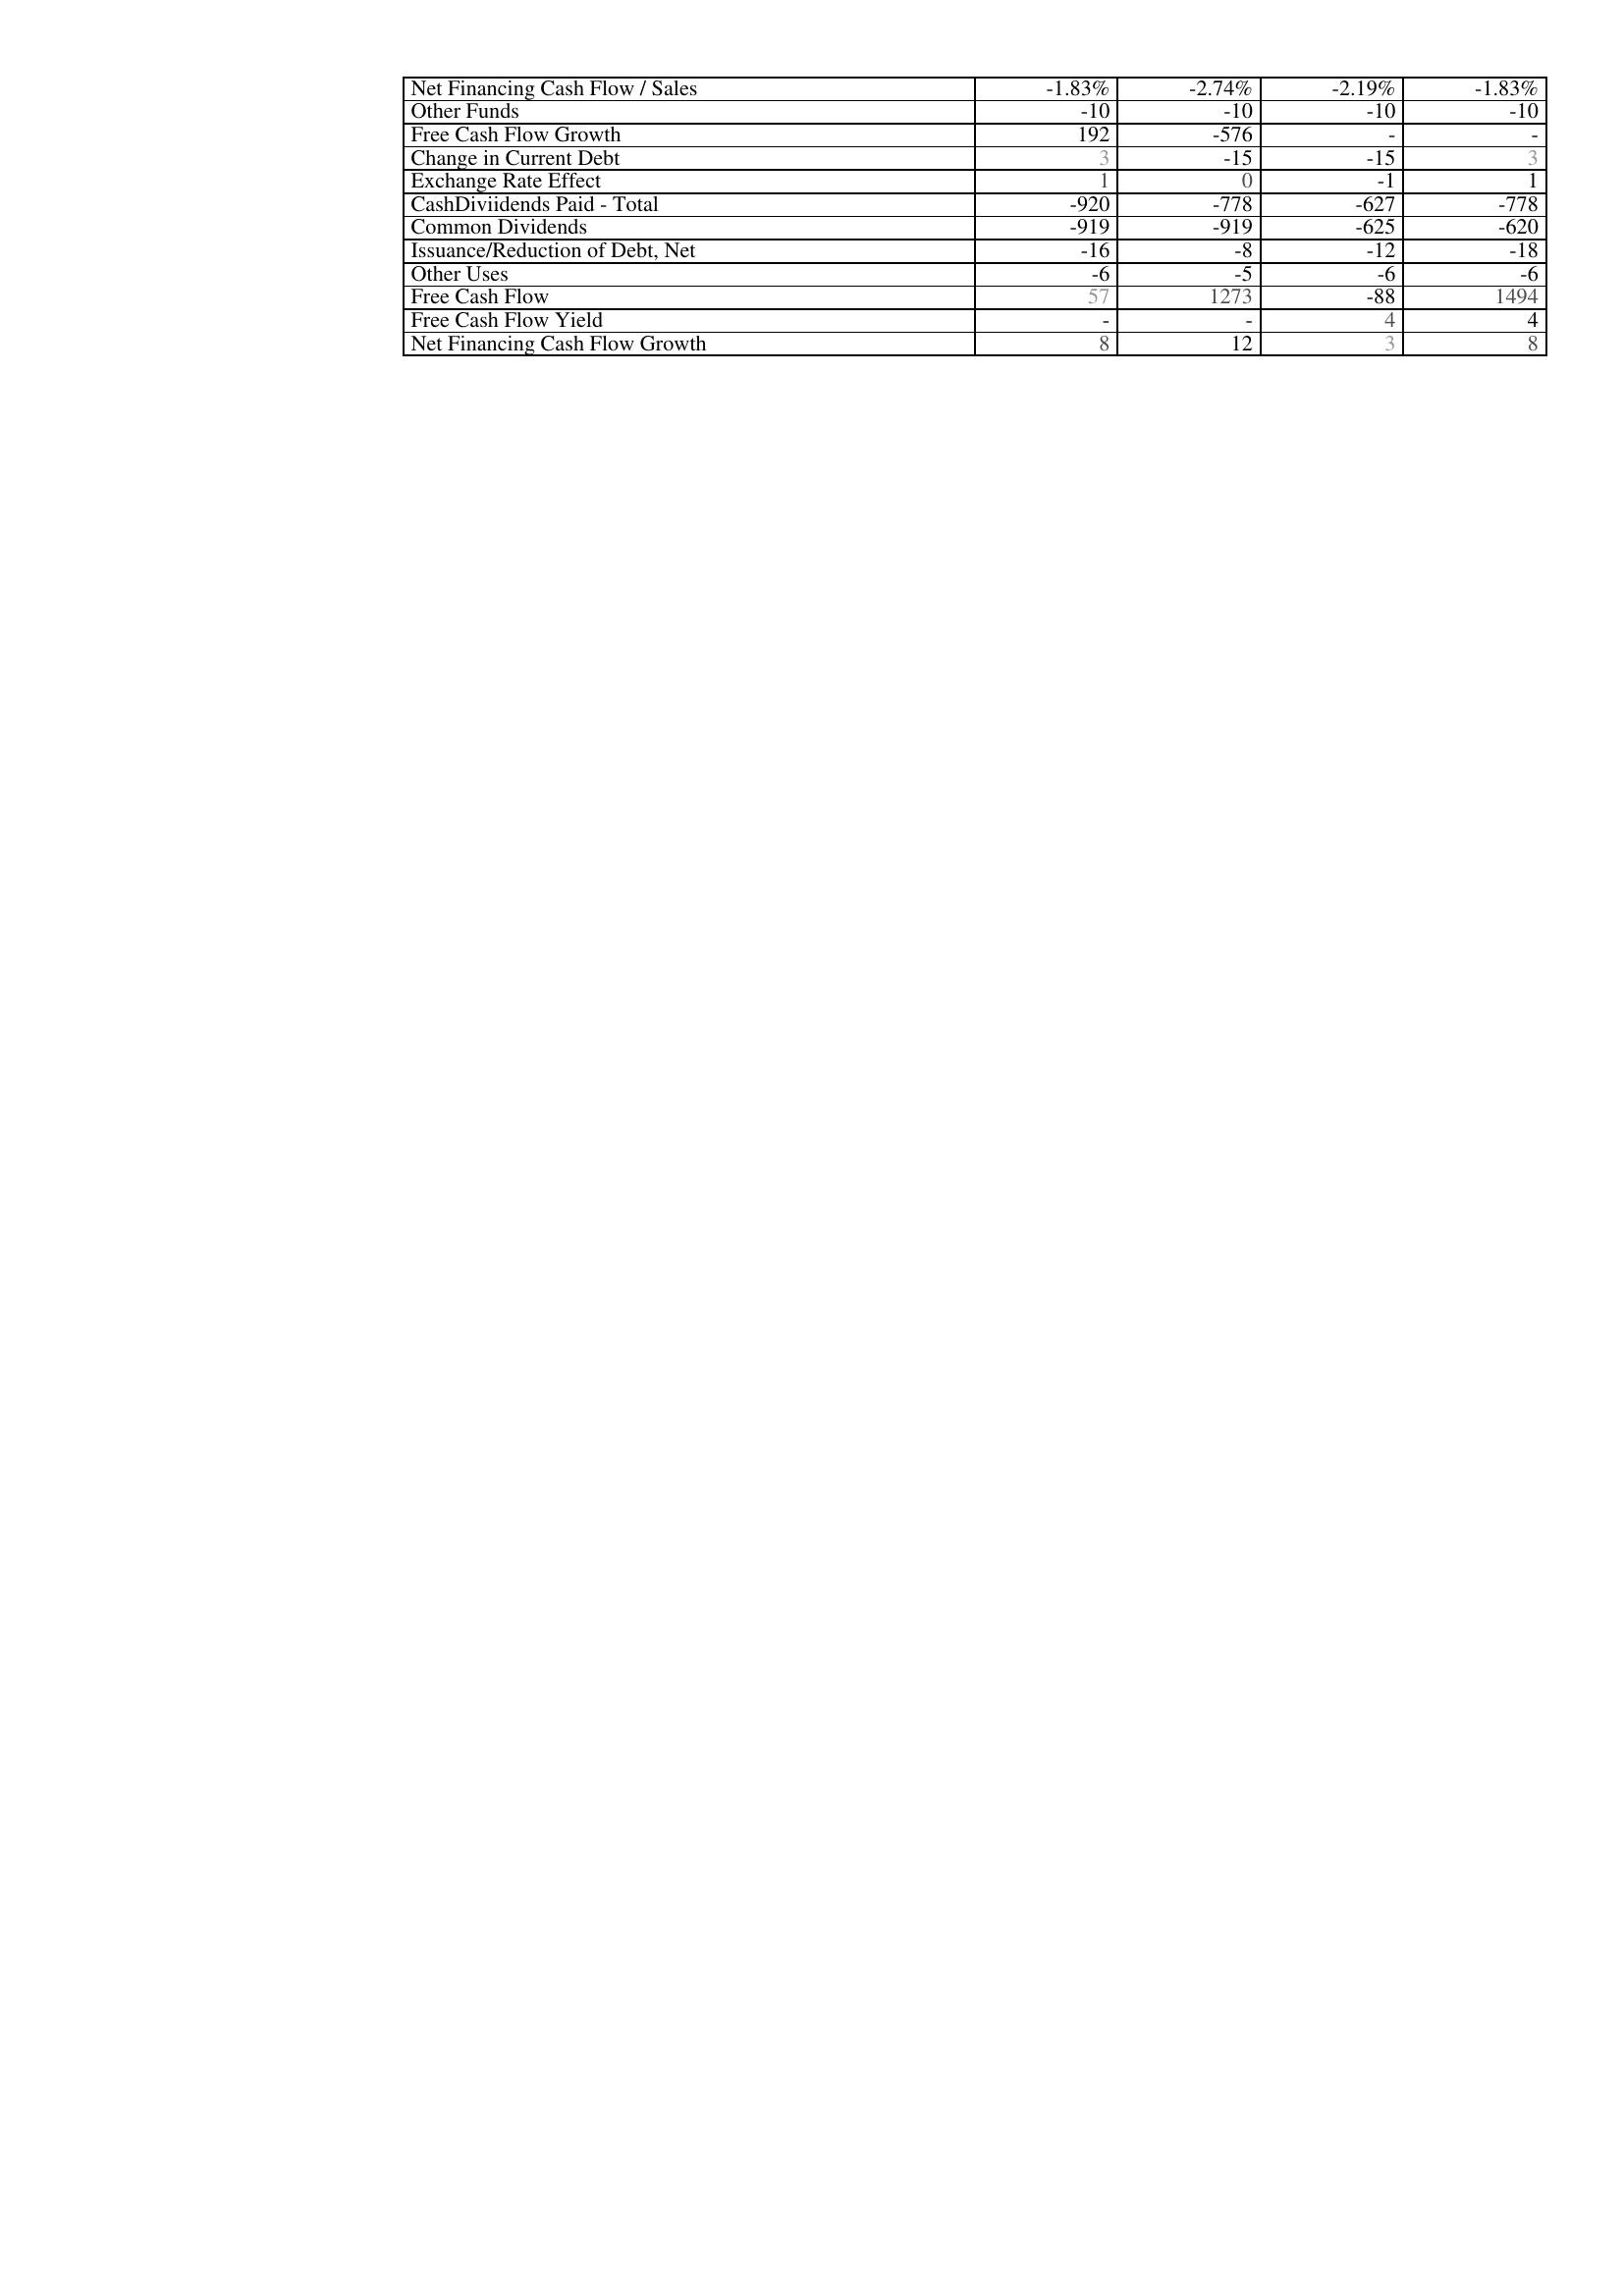
2008: Financing Activities: Net Financing Cash Flow / Sales: -1.83%
Other Funds: -10
Free Cash Flow Growth: 192
Change in Current Debt: 3
Exchange Rate Effect: 1
CashDiviidends Paid - Total: -920
Common Dividends: -919
Issuance/Reduction of Debt, Net: -16
Other Uses: -6
Free Cash Flow: 57
Free Cash Flow Yield: -
Net Financing Cash Flow Growth: 8
2009: Financing Activities: Net Financing Cash Flow / Sales: -2.74%
Other Funds: -10
Free Cash Flow Growth: -576
Change in Current Debt: -15
Exchange Rate Effect: 0
CashDiviidends Paid - Total: -778
Common Dividends: -919
Issuance/Reduction of Debt, Net: -8
Other Uses: -5
Free Cash Flow: 1273
Free Cash Flow Yield: -
Net Financing Cash Flow Growth: 12
2010: Financing Activities: Net Financing Cash Flow / Sales: -2.19%
Other Funds: -10
Free Cash Flow Growth: -
Change in Current Debt: -15
Exchange Rate Effect: -1
CashDiviidends Paid - Total: -627
Common Dividends: -625
Issuance/Reduction of Debt, Net: -12
Other Uses: -6
Free Cash Flow: -88
Free Cash Flow Yield: 4
Net Financing Cash Flow Growth: 3
2011: Financing Activities: Net Financing Cash Flow / Sales: -1.83%
Other Funds: -10
Free Cash Flow Growth: -
Change in Current Debt: 3
Exchange Rate Effect: 1
CashDiviidends Paid - Total: -778
Common Dividends: -620
Issuance/Reduction of Debt, Net: -18
Other Uses: -6
Free Cash Flow: 1494
Free Cash Flow Yield: 4
Net Financing Cash Flow Growth: 8